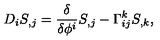
D _ { i } S _ { , j } = { \frac { \delta } { \delta \phi ^ { i } } } S _ { , j } - \Gamma _ { i j } ^ { k } S _ { , k } ,